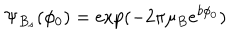
LaTeX: \Psi _ { B _ { s } } ( \phi _ { 0 } ) = \exp ( - 2 \pi \mu _ { B } e ^ { b \phi _ { 0 } } )